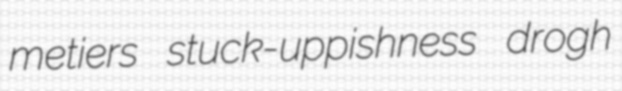
metiers stuck-uppishness drogh